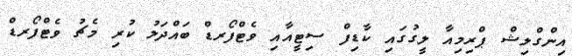
އިންގްލިޝް ޕްރިމިއާ ލީގުގައި ކާޑިފް ސިޓީއާއި ވެޓްފޯރޑް ބައްދަލު ކުރި މެޗު ވެޓްފޯރޑް